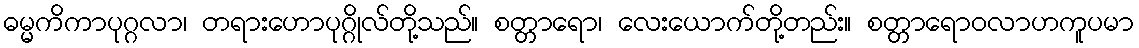
ဓမ္မကိကာပုဂ္ဂလာ၊ တရားဟောပုဂ္ဂိုလ်တို့သည်။ စတ္တာရော၊ လေးယောက်တို့တည်း။ စတ္တာရောဝလာဟကူပမာ